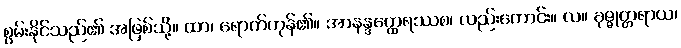
စွမ်းနိုင်သည်၏ အဖြစ်သို့။ ထာ၊ ရောက်ကုန်၏။ အာနန္ဒတ္ထေရဿစ၊ လည်းကောင်း။ လ။ ခုဇ္ဇုတ္တရာယ၊